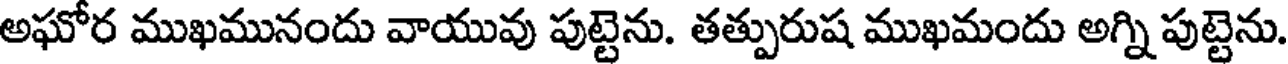
అఘోర ముఖమునందు వాయువు పుట్టెను. తత్పురుష ముఖమందు అగ్ని పుట్టెను.